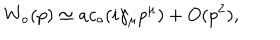
LaTeX: W _ { \circ } ( p ) \simeq a c _ { \circ } ( i \gamma _ { \mu } p ^ { \mu } ) + O ( p ^ { 2 } ) ,